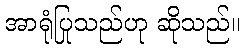
အာရုံပြုသည်ဟု ဆိုသည်။